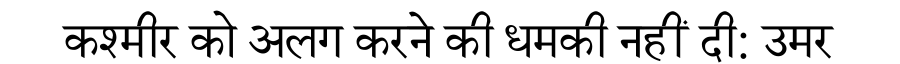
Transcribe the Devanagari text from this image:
कश्मीर को अलग करने की धमकी नहीं दी: उमर